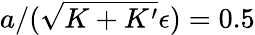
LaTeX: a/(\sqrt{K+K^{\prime}}\epsilon)=0.5